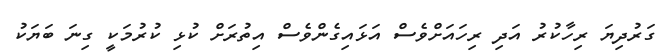
ގަރުދިޔަ ރިހާކުރު އަދި ރިހައަށްވެސް އަޅައިގެންވެސް އިތުރަށް ކުޅި ކުރުމަކީ ގިނަ ބަޔަކު